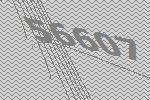
56607